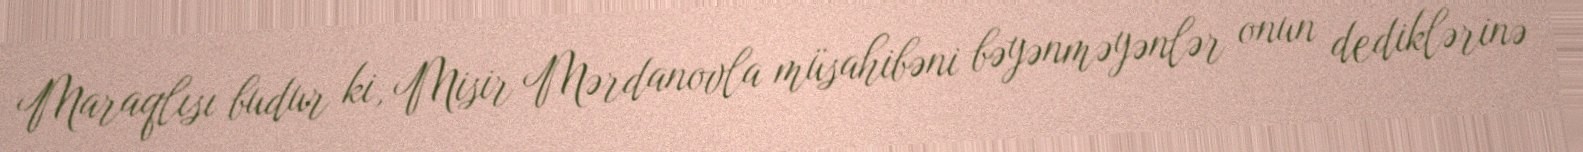
Maraqlısı budur ki, Misir Mərdanovla müsahibəni bəyənməyənlər onun dediklərinə